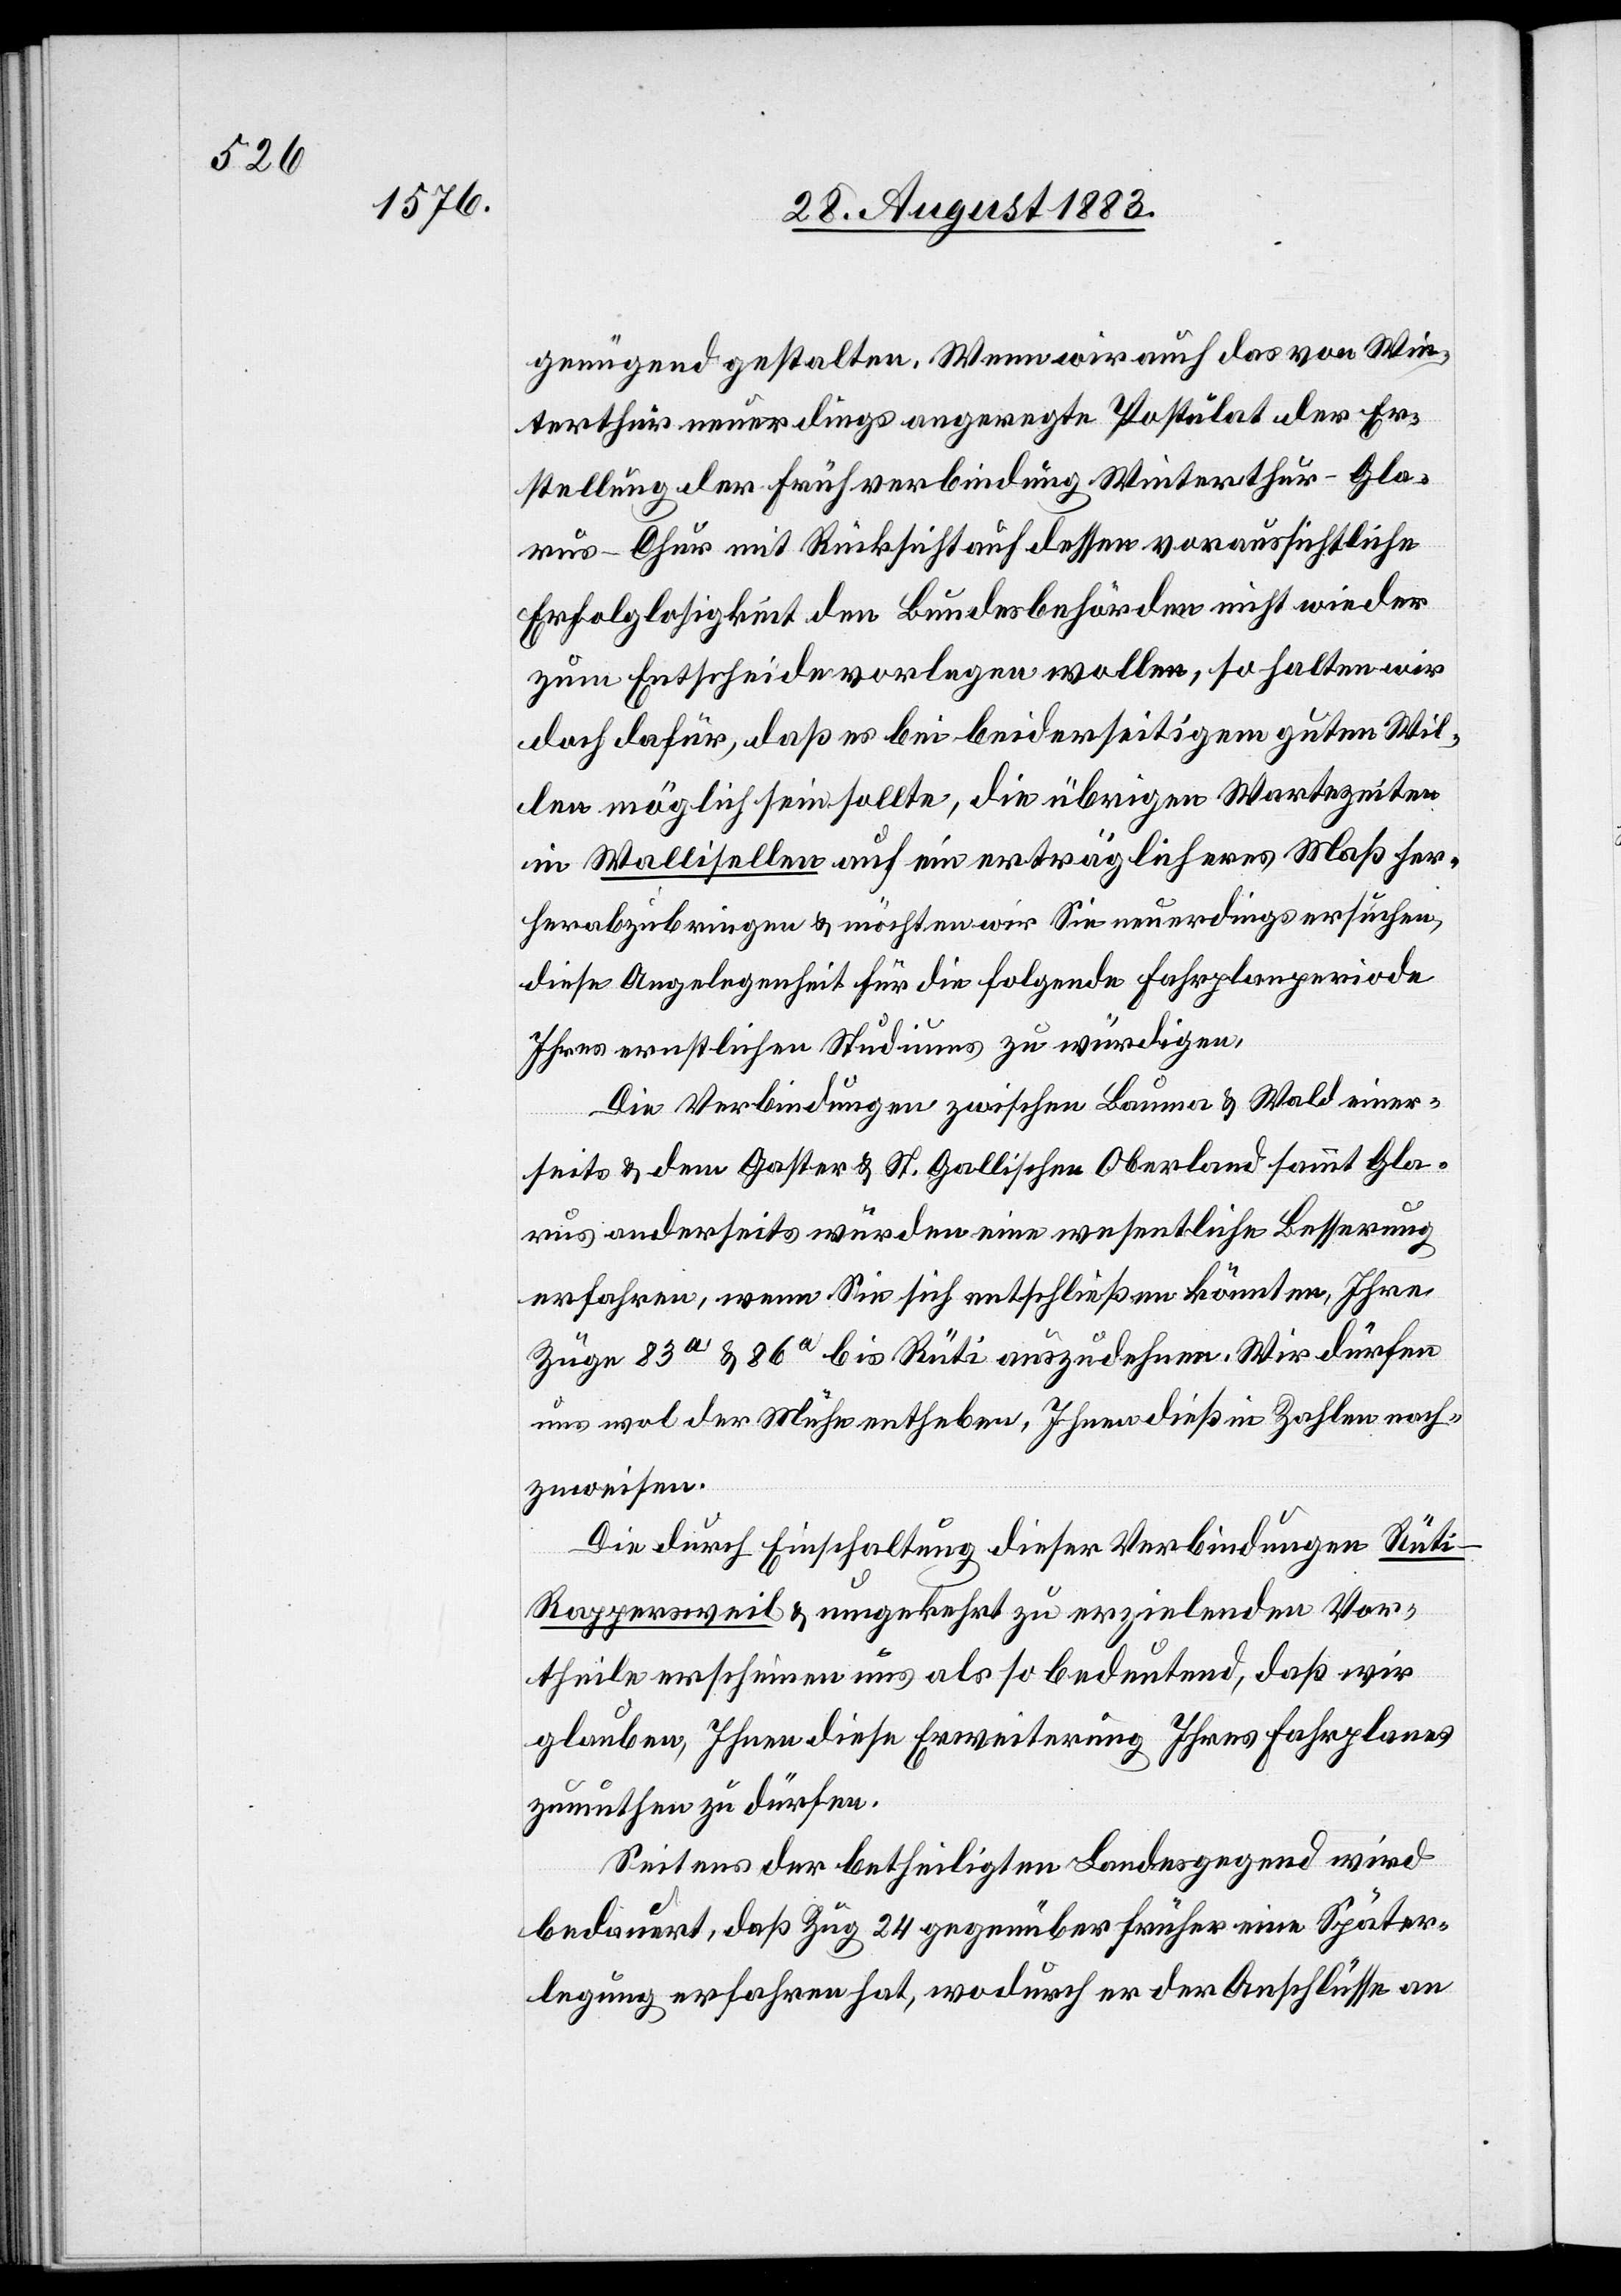
genügend gestalten. Wenn wir auch das von Win¬
terthur neuerdings angeregte Postulat der Er¬
stellung der Frühverbindung Winterthur–Gla¬
rus–Chur mit Rücksicht auf dessen voraussichtliche
Erfolglosigkeit den Bundesbehörden nicht wieder
zum Entscheide vorlegen wollen, so halten wir
doch dafür, daß es bei beiderseitigem gutem Wil¬
len möglich sein sollte, die übrigen Wartezeiten
in Wallisellen auf ein erträglicheres Maß h¬
erabzubringen & möchten wir Sie neuerdings ersuchen,
diese Angelegenheit für die folgende Fahrplanperiode
Ihres ernstlichen Studiums zu würdigen.
Die Verbindungen zwischen Bauma & Wald einer¬
seits & dem Gaster & St. Gallischen Oberland sammt Gla¬
rus anderseits würden eine wesentliche Besserung
erfahren, wenn Sie sich entschließen könnten, Ihre
Züge 83a & 86a bis Rüti auszudehnen. Wir dürfen
uns wol der Mühe entheben, Ihnen dieß in Zahlen nach¬
zuweisen.
Die durch Einschaltung dieser Verbindungen Rüt¬
i–Rappersweil & umgekehrt zu erzielenden Vor¬
theile erscheinen uns als so bedeutend, daß wir
glauben, Ihnen diese Erweiterung Ihres Fahrplanes
zumuthen zu dürfen.
Seitens der betheiligten Landesgegend wird
bedauert, daß Zug 24 gegenüber früher eine Später¬
legung erfahren hat, wodurch er der Anschlüsse an